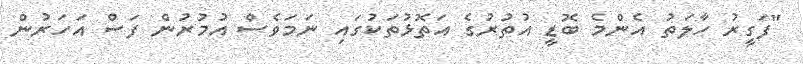
"ފަގީރު ހާލަތު އެންމެ ބޮޑީ އުތުރުގެ އަތޮޅުތަކުގައި ނަމަވެސް އުމުރުން ފަސް އަހަރުން